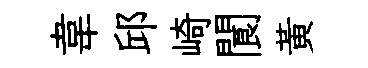
韋邱崎閬黃